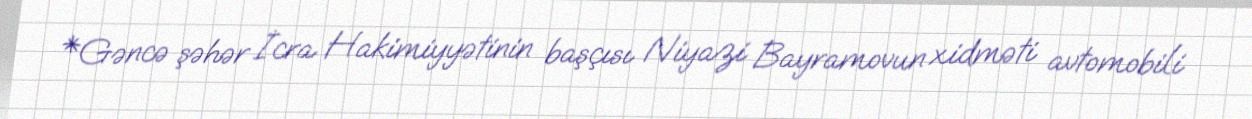
*Gəncə şəhər İcra Hakimiyyətinin başçısı Niyazi Bayramovun xidməti avtomobili